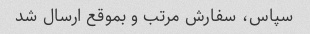
سپاس، سفارش مرتب و بموقع ارسال شد